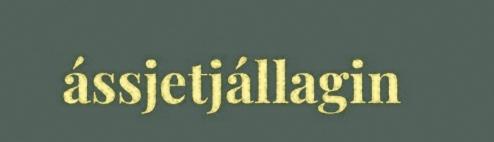
ássjetjállagin